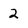
Character: 2